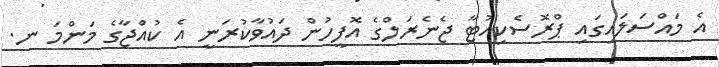
އެ މައްސަލައިގައި ޕްރޮސެކިއުޓާ ޖެނެރަލްގެ އޮފީހުން ދައުވާކުރަނީ އެ ކުއްޖާގެ މަންމަ ނ.